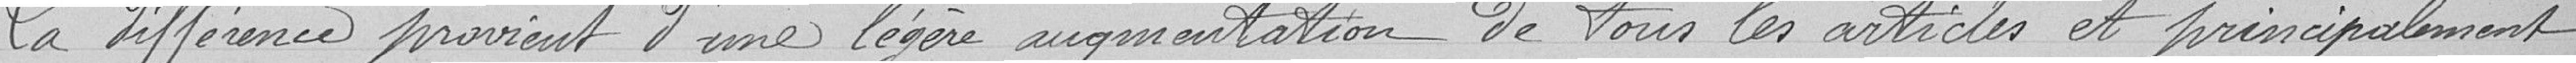
La différence provient d'une légère augmentation de tous les articles et principalement